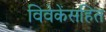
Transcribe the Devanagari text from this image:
विवेकेंसहित